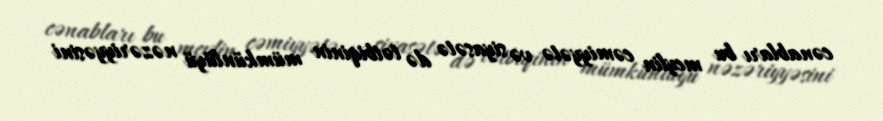
cənabları bu meylin cəmiyyətə və siyasətə də tətbiqinin mümkünlüyü nəzəriyyəsini